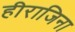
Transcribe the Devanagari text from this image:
हीराजिना